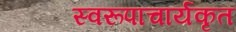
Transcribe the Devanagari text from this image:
स्वरूपाचार्यकृत